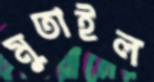
মুতাইল